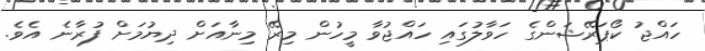
ހައްޖު ކޯޕަރޭޝަންގެ ހަވާލުގައި ހައްޖުވާ މީހުން މިރޭ މިނާއަށް ދިޔުމަށް ފުރާނެ އެވެ.